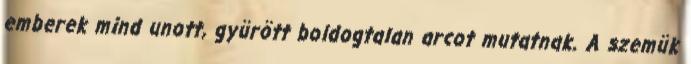
emberek mind unott, gyürött boldogtalan arcot mutatnak. A szemük